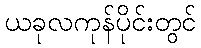
ယခုလကုန်ပိုင်းတွင်